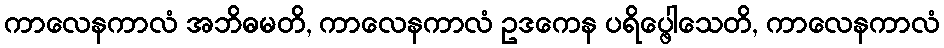
ကာလေနကာလံ အဘိဓမတိ, ကာလေနကာလံ ဥဒကေန ပရိပ္ဖေါသေတိ, ကာလေနကာလံ